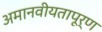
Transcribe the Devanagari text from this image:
अमानवीयतापूर्ण